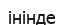
інінде